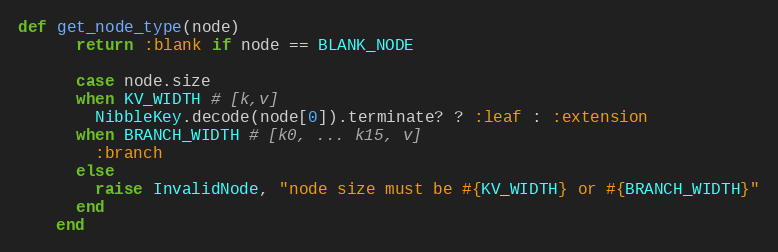
Language: Ruby
def get_node_type(node)
      return :blank if node == BLANK_NODE

      case node.size
      when KV_WIDTH # [k,v]
        NibbleKey.decode(node[0]).terminate? ? :leaf : :extension
      when BRANCH_WIDTH # [k0, ... k15, v]
        :branch
      else
        raise InvalidNode, "node size must be #{KV_WIDTH} or #{BRANCH_WIDTH}"
      end
    end